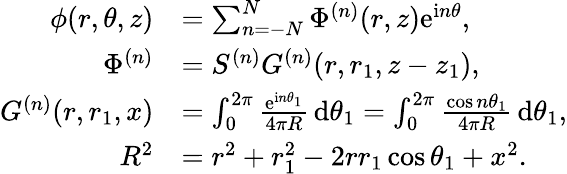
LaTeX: \begin{array}{rl}{\phi(r,\theta,z)}&{=\sum_{n=-N}^{N}\Phi^{(n)}(r,z)\mathrm{e}^{\mathrm{i}n\theta},}\\ {\Phi^{(n)}}&{=S^{(n)}G^{(n)}(r,r_{1},z-z_{1}),}\\ {G^{(n)}(r,r_{1},x)}&{=\int_{0}^{2\pi}\frac{\mathrm{e}^{\mathrm{i}n\theta_{1}}}{4\pi R}\, \mathrm{d}\theta_{1}=\int_{0}^{2\pi}\frac{\cos n\theta_{1}}{4\pi R}\, \mathrm{d}\theta_{1},}\\ {R^{2}}&{=r^{2}+r_{1}^{2}-2rr_{1}\cos\theta_{1}+x^{2}.}\end{array}